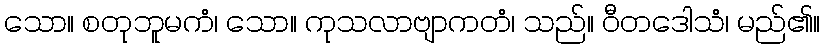
သော။ စတုဘူမကံ၊ သော။ ကုသလာဗျာကတံ၊ သည်။ ဝီတဒေါသံ၊ မည်၏။